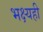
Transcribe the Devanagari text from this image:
भक्ष्यही